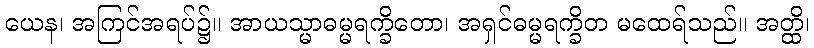
ယေန၊ အကြင်အရပ်၌။ အာယသ္မာဓမ္မရက္ခိတော၊ အရှင်ဓမ္မရက္ခိတ မထေရ်သည်။ အတ္ထိ၊